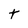
Character: t